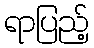
ရာပြည့်